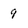
Character: 9